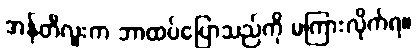
အန်တီလူးက ဘာထပ်ပြောသည်ကို မကြားလိုက်ရ။